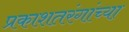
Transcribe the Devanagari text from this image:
प्रकाशतरंगांच्या